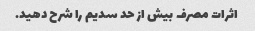
اثرات مصرف بیش از حد سدیم را شرح دهید.